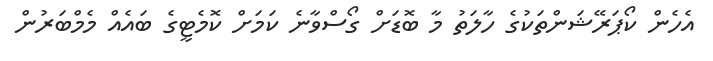
އެހެން ކޯޕަރޭޝަންތަކުގެ ހާލަތު މާ ބޮޑަށް ގޯސްވާނެ ކަމަށް ކޮމެޓީގެ ބައެއް މެމްބަރުން